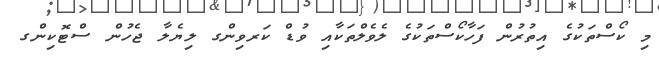
މި ކޯސްތަކުގެ އިތުރުން ފަހާކޯސްތަކުގެ ލެވެލްތަކާއި ވުޑް ކަރވިންގ ލިޔެލާ ޖެހުން ސްޓޮކިންގ